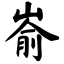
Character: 嵛